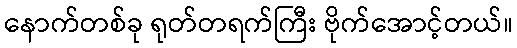
နောက်တစ်ခု ရုတ်တရက်ကြီး ဗိုက်အောင့်တယ်။